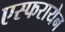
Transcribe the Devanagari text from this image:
एस्फरायेन